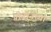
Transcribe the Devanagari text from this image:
प्रोटीनच्या